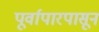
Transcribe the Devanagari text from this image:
पूर्वापारपासून